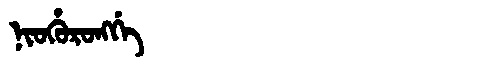
Manchu: ᠨᡳᠣᡥᡠᡵᠣᠩᡤᡝ
Romanization: NIOHURONGGE